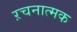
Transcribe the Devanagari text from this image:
ऱचनात्मक